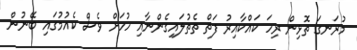
މުރަނގަ ތޮޅިން ރިހަ ކައްކާއިރު ފަތް ތެތުލައިގެންނާއި ހުހަށް ވެސް ކެއުމުގައި ބޭނުން